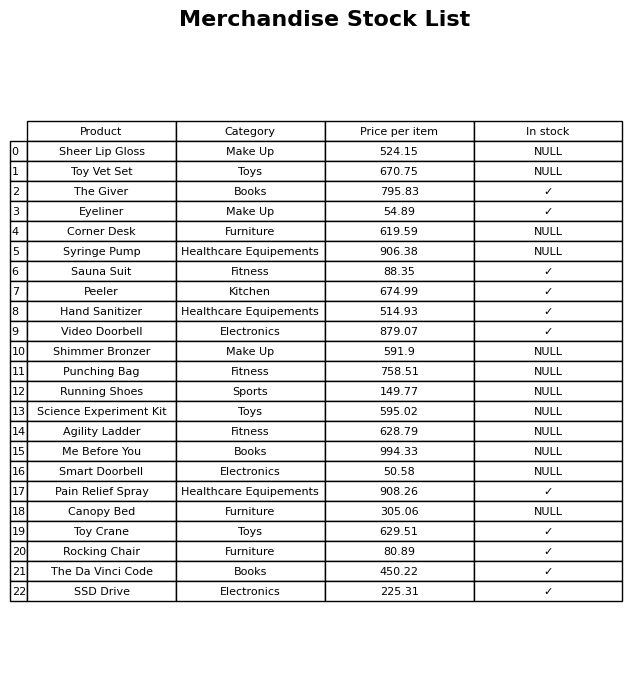
question: What category does the Video Doorbell belong to?
answer: Electronics